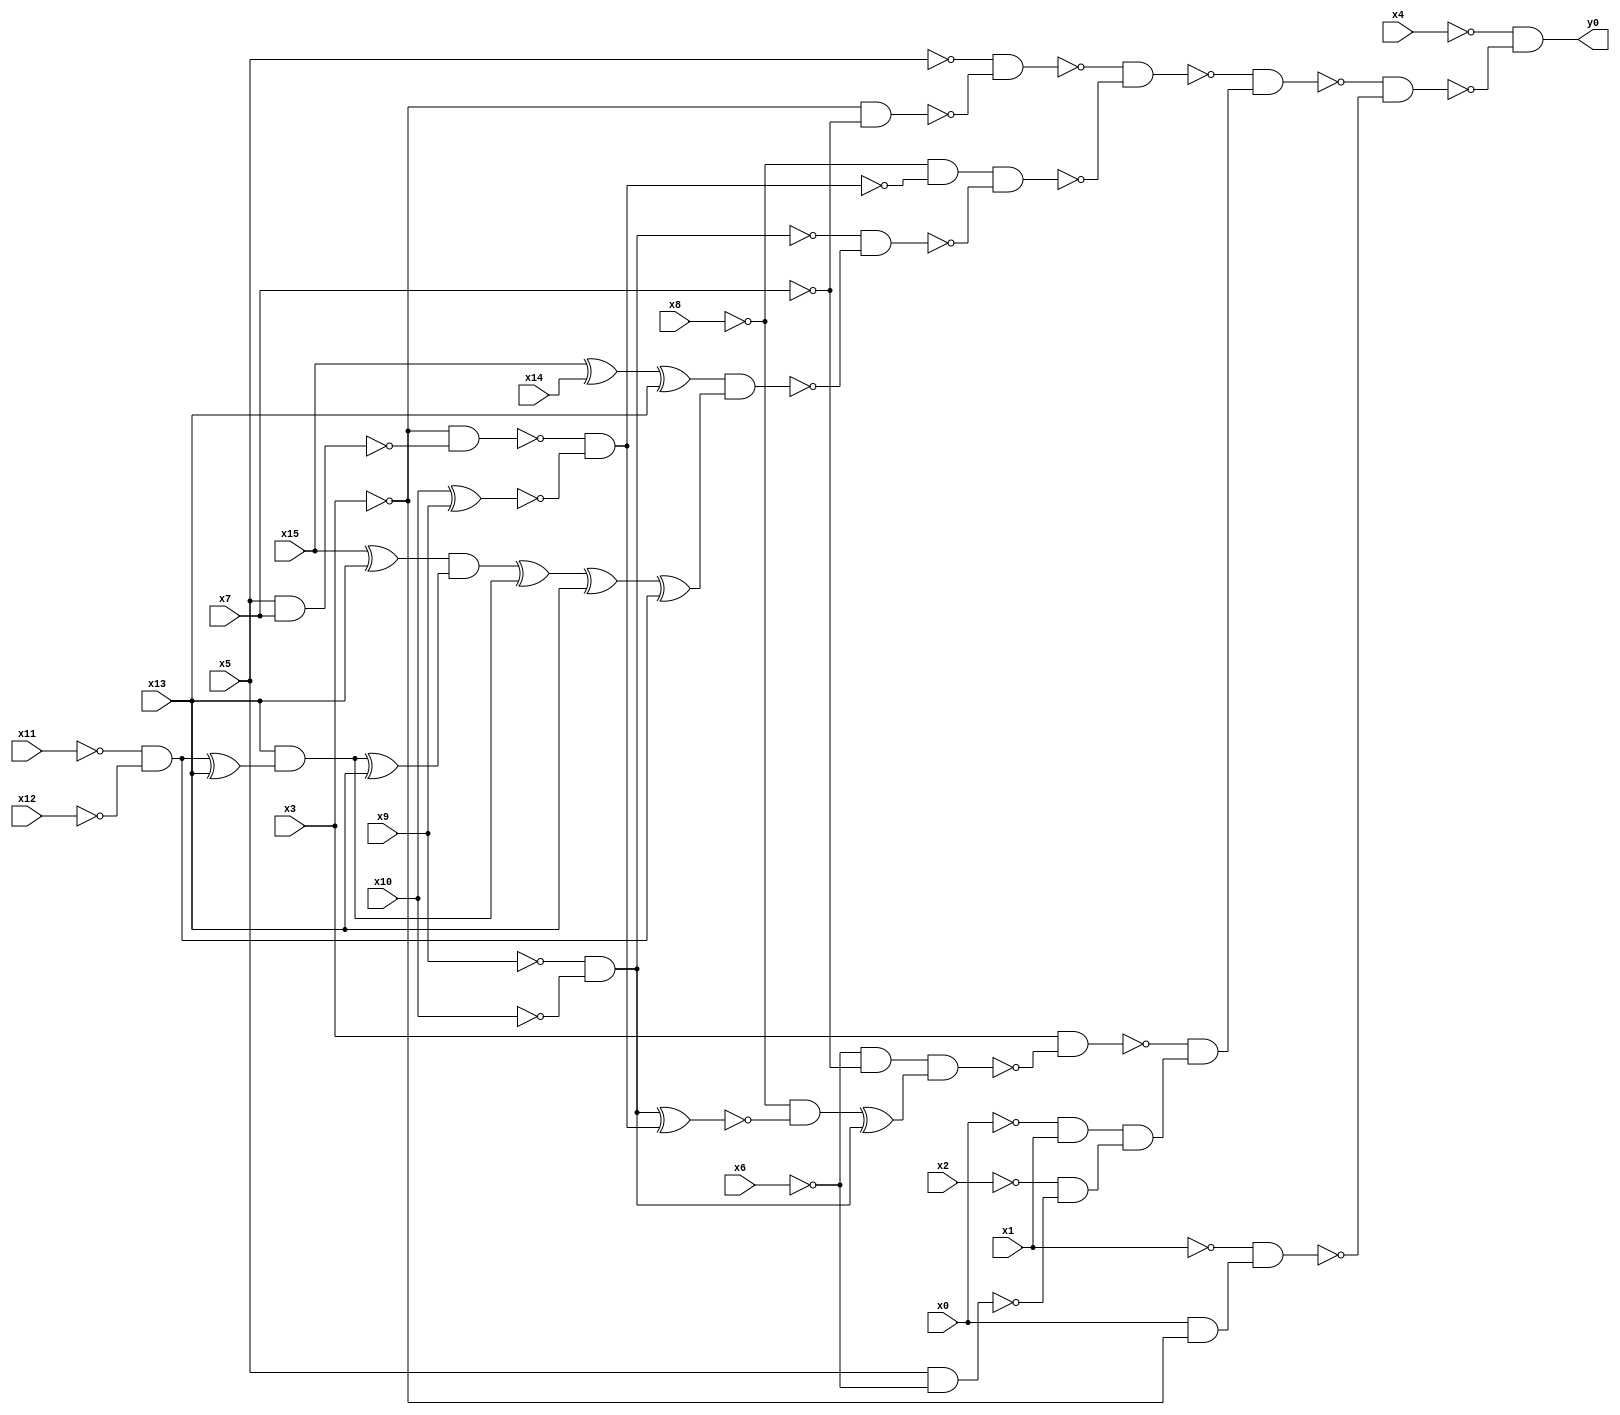
module top( x0 , x1 , x2 , x3 , x4 , x5 , x6 , x7 , x8 , x9 , x10 , x11 , x12 , x13 , x14 , x15 , y0 );
  input x0 , x1 , x2 , x3 , x4 , x5 , x6 , x7 , x8 , x9 , x10 , x11 , x12 , x13 , x14 , x15 ;
  output y0 ;
  wire n17 , n18 , n19 , n20 , n21 , n22 , n23 , n24 , n25 , n26 , n27 , n28 , n29 , n30 , n31 , n32 , n33 , n34 , n35 , n36 , n37 , n38 , n39 , n40 , n41 , n42 , n43 , n44 , n45 , n46 , n47 , n48 , n49 , n50 , n51 , n52 , n53 , n54 , n55 ;
  assign n17 = ~x3 & ~x7 ;
  assign n18 = ~x5 & ~n17 ;
  assign n19 = x5 & x7 ;
  assign n20 = ~x3 & ~n19 ;
  assign n21 = x10 ^ x9 ;
  assign n22 = ~n20 & ~n21 ;
  assign n23 = ~x8 & ~n22 ;
  assign n24 = ~x9 & ~x10 ;
  assign n25 = x15 ^ x14 ;
  assign n26 = n25 ^ x13 ;
  assign n27 = x15 ^ x13 ;
  assign n28 = ~x11 & ~x12 ;
  assign n29 = n28 ^ x13 ;
  assign n30 = x13 & n29 ;
  assign n31 = n30 ^ x13 ;
  assign n32 = n27 & n31 ;
  assign n33 = n32 ^ n30 ;
  assign n34 = n33 ^ x13 ;
  assign n35 = n34 ^ n28 ;
  assign n36 = n26 & n35 ;
  assign n37 = ~n24 & ~n36 ;
  assign n38 = n23 & ~n37 ;
  assign n39 = ~n18 & ~n38 ;
  assign n40 = ~x6 & ~x7 ;
  assign n41 = n24 ^ n22 ;
  assign n42 = ~x8 & ~n41 ;
  assign n43 = n42 ^ n24 ;
  assign n44 = n40 & n43 ;
  assign n45 = x3 & ~n44 ;
  assign n46 = ~x0 & x1 ;
  assign n47 = x5 & ~x6 ;
  assign n48 = ~x2 & ~n47 ;
  assign n49 = n46 & n48 ;
  assign n50 = ~n45 & n49 ;
  assign n51 = ~n39 & n50 ;
  assign n52 = x0 & ~x3 ;
  assign n53 = ~x1 & n52 ;
  assign n54 = ~n51 & ~n53 ;
  assign n55 = ~x4 & ~n54 ;
  assign y0 = n55 ;
endmodule